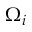
\Omega _ { i }